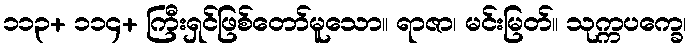
၁၁၃+ ၁၁၄+ ကြီးရှင်ဖြစ်တော်မူသော။ ရာဇာ၊ မင်းမြတ်။ သုက္ကပက္ခေ၊